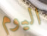
اليوم